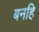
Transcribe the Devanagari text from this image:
बनहि